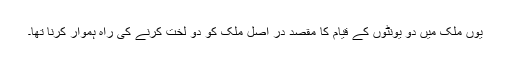
یوں ملک میں دو یونٹوں کے قیام کا مقصد در اصل ملک کو دو لخت کرنے کی راہ ہموار کرنا تھا۔